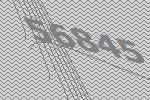
56845